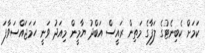
ކަމަށް ކެބިނެޓުގެ ލަފާގެ މަތިން ރައީސް އަބްދު ޔާމީން މިއަދު ވަނީ ހަމަޖައްސަވާފަ